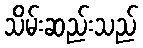
သိမ်းဆည်းသည်